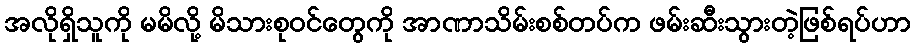
အလိုရှိသူကို မမိလို့ မိသားစုဝင်တွေကို အာဏာသိမ်းစစ်တပ်က ဖမ်းဆီးသွားတဲ့ဖြစ်ရပ်ဟာ